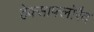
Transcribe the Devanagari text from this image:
हेक्साफ्लोरैद